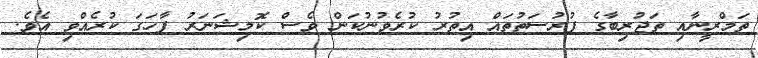
ތަމްރީނާއި ތަޖުރިބާގެ ފުރުސަތުތައް އިތުރު ކުރެވުނުކަން ވެސް ކޮމިޝަނަރު ފާހަގަ ކުރެއްވި އެވެ.